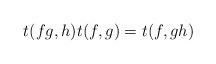
LaTeX: \begin{align*}t(fg,h)t(f,g)=t(f,gh)\end{align*}